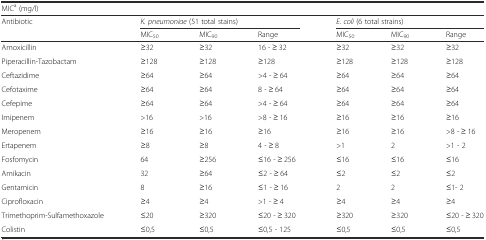
| <COLSPAN=7> MICa (mg/l) |
 | Antibiotic | <COLSPAN=3> K. pneumoniae (51 total stains) | <COLSPAN=3> E. coli (6 total strains) |
 |  | MIC50 | MIC90 | Range | MIC50 | MIC90 | Range |
 | --- | --- | --- | --- | --- | --- | --- |
 | Amoxicillin | ≥32 | ≥32 | 16 - ≥ 32 | ≥32 | ≥32 | ≥32 |
 | Piperacillin-Tazobactam | ≥128 | ≥128 | ≥128 | ≥128 | ≥128 | ≥128 |
 | Ceftazidime | ≥64 | ≥64 | >4 - ≥ 64 | ≥64 | ≥64 | ≥64 |
 | Cefotaxime | ≥64 | ≥64 | 8 - ≥ 64 | ≥64 | ≥64 | ≥64 |
 | Cefepime | ≥64 | ≥64 | >4 - ≥ 64 | ≥64 | ≥64 | ≥64 |
 | Imipenem | >16 | >16 | >8 - ≥ 16 | ≥16 | ≥16 | ≥16 |
 | Meropenem | ≥16 | ≥16 | ≥16 | ≥16 | ≥16 | >8 - ≥ 16 |
 | Ertapenem | ≥8 | ≥8 | 4 - ≥ 8 | >1 | 2 | >1 - 2 |
 | Fosfomycin | 64 | ≥256 | ≤16 - ≥ 256 | ≤16 | ≤16 | ≤16 |
 | Amikacin | 32 | ≥64 | ≤2 - ≥ 64 | ≤2 | ≤2 | ≤2 |
 | Gentamicin | 8 | ≥16 | ≤1 - ≥ 16 | 2 | 2 | ≤1- 2 |
 | Ciprofloxacin | ≥4 | ≥4 | >1 - ≥ 4 | ≥4 | ≥4 | ≥4 |
 | Trimethoprim-Sulfamethoxazole | ≤20 | ≥320 | ≤20 - ≥ 320 | ≥320 | ≥320 | ≤20 - ≥ 320 |
 | Colistin | ≤0,5 | ≤0,5 | ≤0,5 - 125 | ≤0,5 | ≤0,5 | ≤0,5 |